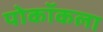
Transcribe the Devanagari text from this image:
पोकॉकला